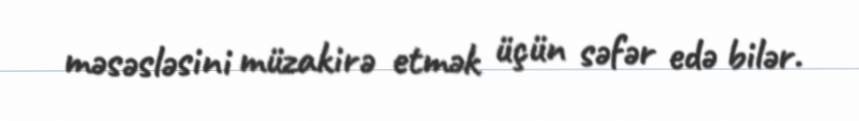
məsəsləsini müzakirə etmək üçün səfər edə bilər.